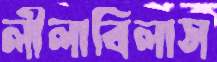
লীলাবিলাস